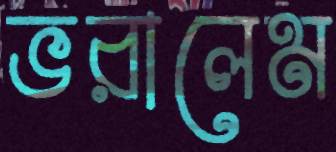
ভরালেম